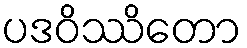
ပဒဝိဿိတော